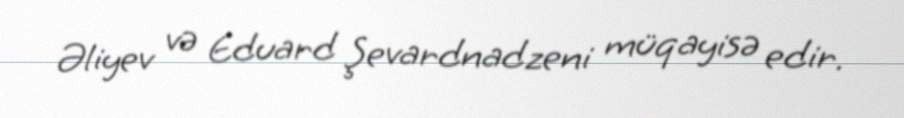
Əliyev və Eduard Şevardnadzeni müqayisə edir.